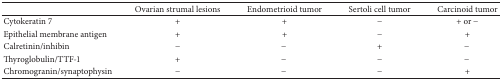
|  | Ovarian strumal lesions | Endometrioid tumor | Sertoli cell tumor | Carcinoid tumor |
 | --- | --- | --- | --- | --- |
 | Cytokeratin 7 | + | + | − | + or − |
 | Epithelial membrane antigen | + | + | − | + |
 | Calretinin/inhibin | − | − | + | − |
 | Thyroglobulin/TTF-1 | + | − | − | − |
 | Chromogranin/synaptophysin | − | − | − | + |